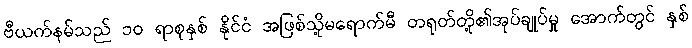
ဗီယက်နမ်သည် ၁၀ ရာစုနှစ် နိုင်ငံ အဖြစ်သို့မရောက်မီ တရုတ်တို့၏အုပ်ချုပ်မှု အောက်တွင် နှစ်